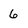
Character: 6